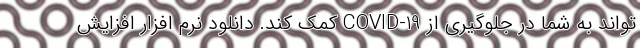
تواند به شما در جلوگیری از COVID-19 کمک کند. دانلود نرم افزار افزایش